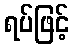
ရပ်ဖြင့်